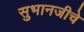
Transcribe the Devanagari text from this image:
सुभानजीचे